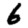
Digit: 6